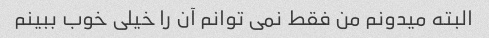
البته میدونم من فقط نمی توانم آن را خیلی خوب ببینم